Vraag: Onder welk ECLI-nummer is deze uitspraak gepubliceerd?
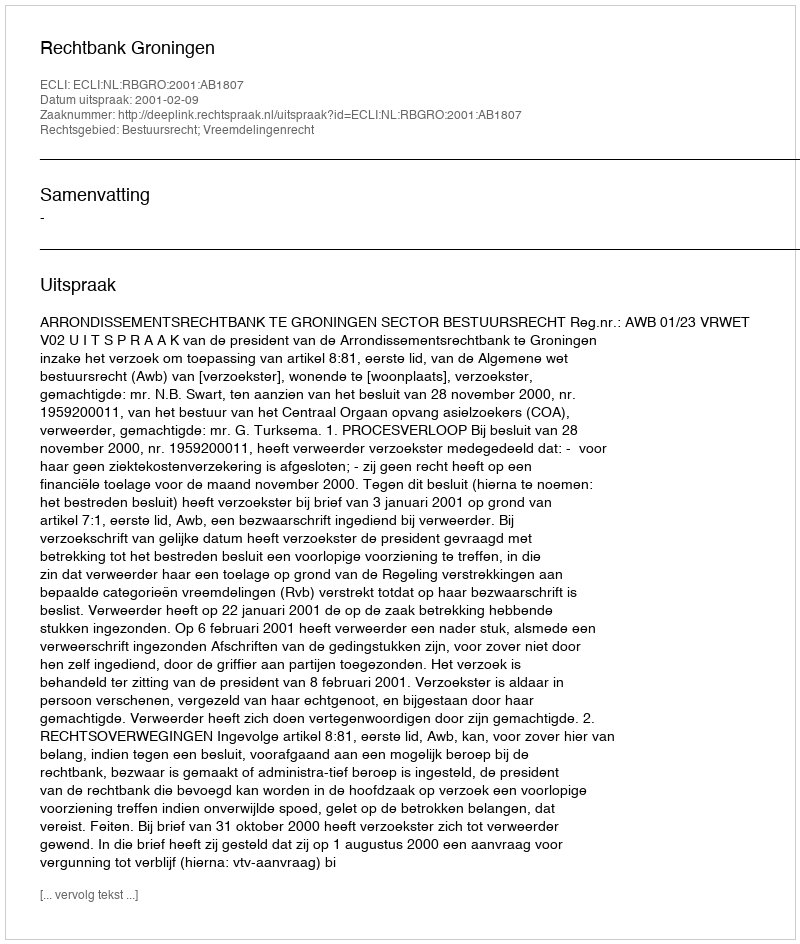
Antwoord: ECLI:NL:RBGRO:2001:AB1807